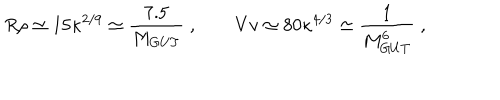
LaTeX: R \rho \simeq 1 5 \kappa ^ { 2 / 9 } \simeq \frac { 7 . 5 } { M _ { G U T } } \; , \qquad V v \simeq 8 0 \kappa ^ { 4 / 3 } \simeq \frac { 1 } { M _ { G U T } ^ { 6 } } \; ,